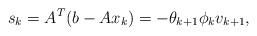
LaTeX: \begin{align*} s_k = A^T (b-Ax_k) = -\theta_{k+1} \phi_k v_{k+1},\end{align*}